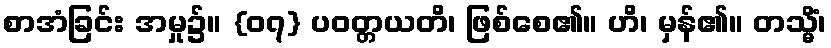
စာအံခြင်း အမှု၌။ {၀၇} ပဝတ္တယတိ၊ ဖြစ်စေ၏။ ဟိ၊ မှန်၏။ တသ္မိံ၊